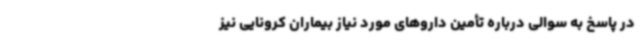
در پاسخ به سوالی درباره تأمین داروهای مورد نیاز بیماران کرونایی نیز